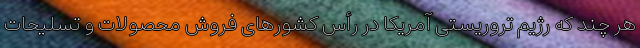
هر چند که رژیم تروریستی آمریکا در رأس کشورهای فروش محصولات و تسلیحات